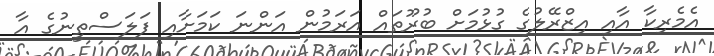
އެމެރިކާ އާއި އިޒްރޭލުގެ ގުޅުމަށް ބުރޫތައް އަރަމުން އަންނަ ކަމަށާއި ފަލަސްތީނުގެ އާ